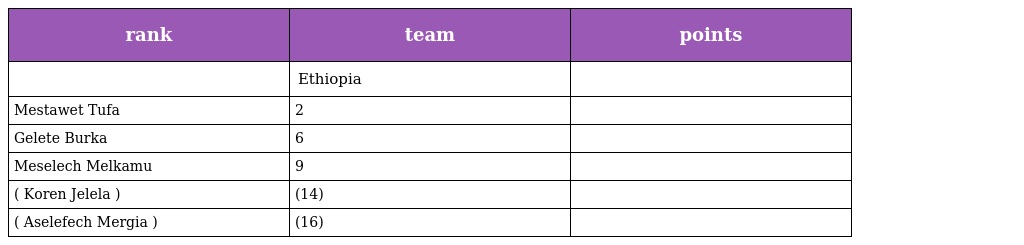
| rank | team | points |
 | --- | --- | --- |
 |  | Ethiopia |  |
 | Mestawet Tufa | 2 |  |
 | Gelete Burka | 6 |  |
 | Meselech Melkamu | 9 |  |
 | ( Koren Jelela ) | (14) |  |
 | ( Aselefech Mergia ) | (16) |  |